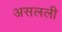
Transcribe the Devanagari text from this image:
असलली